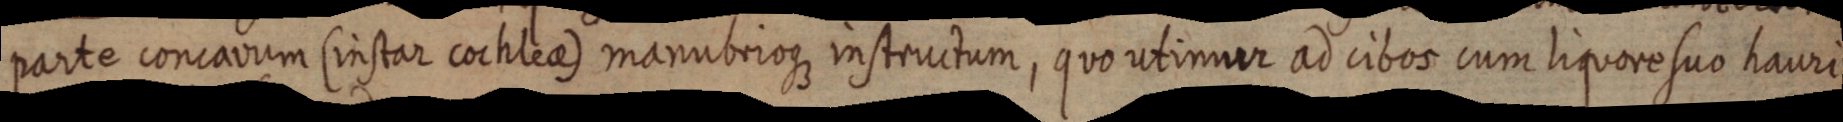
parte concavum (instar cochlea) manubrioque instructum, quo utimur ad cibos cum liquore suo hauri